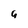
Character: g